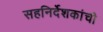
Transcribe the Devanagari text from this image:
सहनिर्देशकांची